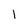
Character: 1